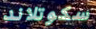
سكوتلاند